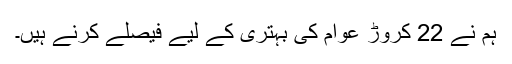
ہم نے 22 کروڑ عوام کی بہتری کے لیے فیصلے کرنے ہیں۔